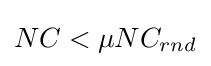
NC<\mu NC_{rnd}